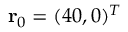
\mathbf { r } _ { 0 } = ( 4 0 , 0 ) ^ { T }